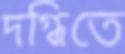
দগ্ধিতে